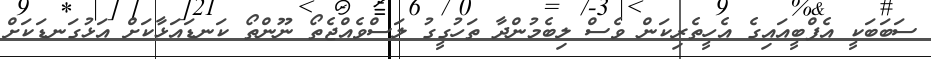
ސަބަބަކީ އެފްބީއައިގެ އެހީތެރިކަން ވެސް ލިބެމުންދާ ތަހުގީގު ލަސްވެއްޖެތޯ ނޫންތޯ ކަނޑައަޅާކަށް އަޅުގަނޑަކަށް